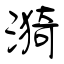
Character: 漪